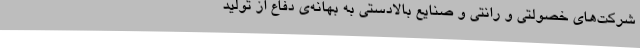
شرکت‌های خصولتی و رانتی و صنایع بالادستی به بهانه‌ی دفاع از تولید